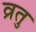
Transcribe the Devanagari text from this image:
व्रतु